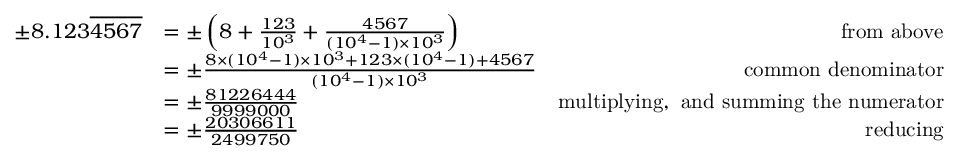
{ \begin{array} { r l r } { \pm 8 . 1 2 3 { \overline { { 4 5 6 7 } } } } & { = \pm \left( 8 + { \frac { 1 2 3 } { 1 0 ^ { 3 } } } + { \frac { 4 5 6 7 } { ( 1 0 ^ { 4 } - 1 ) \times 1 0 ^ { 3 } } } \right) } & { { \mathrm { f r o m ~ a b o v e } } } \\ & { = \pm { \frac { 8 \times ( 1 0 ^ { 4 } - 1 ) \times 1 0 ^ { 3 } + 1 2 3 \times ( 1 0 ^ { 4 } - 1 ) + 4 5 6 7 } { ( 1 0 ^ { 4 } - 1 ) \times 1 0 ^ { 3 } } } } & { { \mathrm { c o m m o n ~ d e n o m i n a t o r } } } \\ & { = \pm { \frac { 8 1 2 2 6 4 4 4 } { 9 9 9 9 0 0 0 } } } & { { \mathrm { m u l t i p l y i n g , ~ a n d ~ s u m m i n g ~ t h e ~ n u m e r a t o r } } } \\ & { = \pm { \frac { 2 0 3 0 6 6 1 1 } { 2 4 9 9 7 5 0 } } } & { { \mathrm { r e d u c i n g } } } \end{array} }